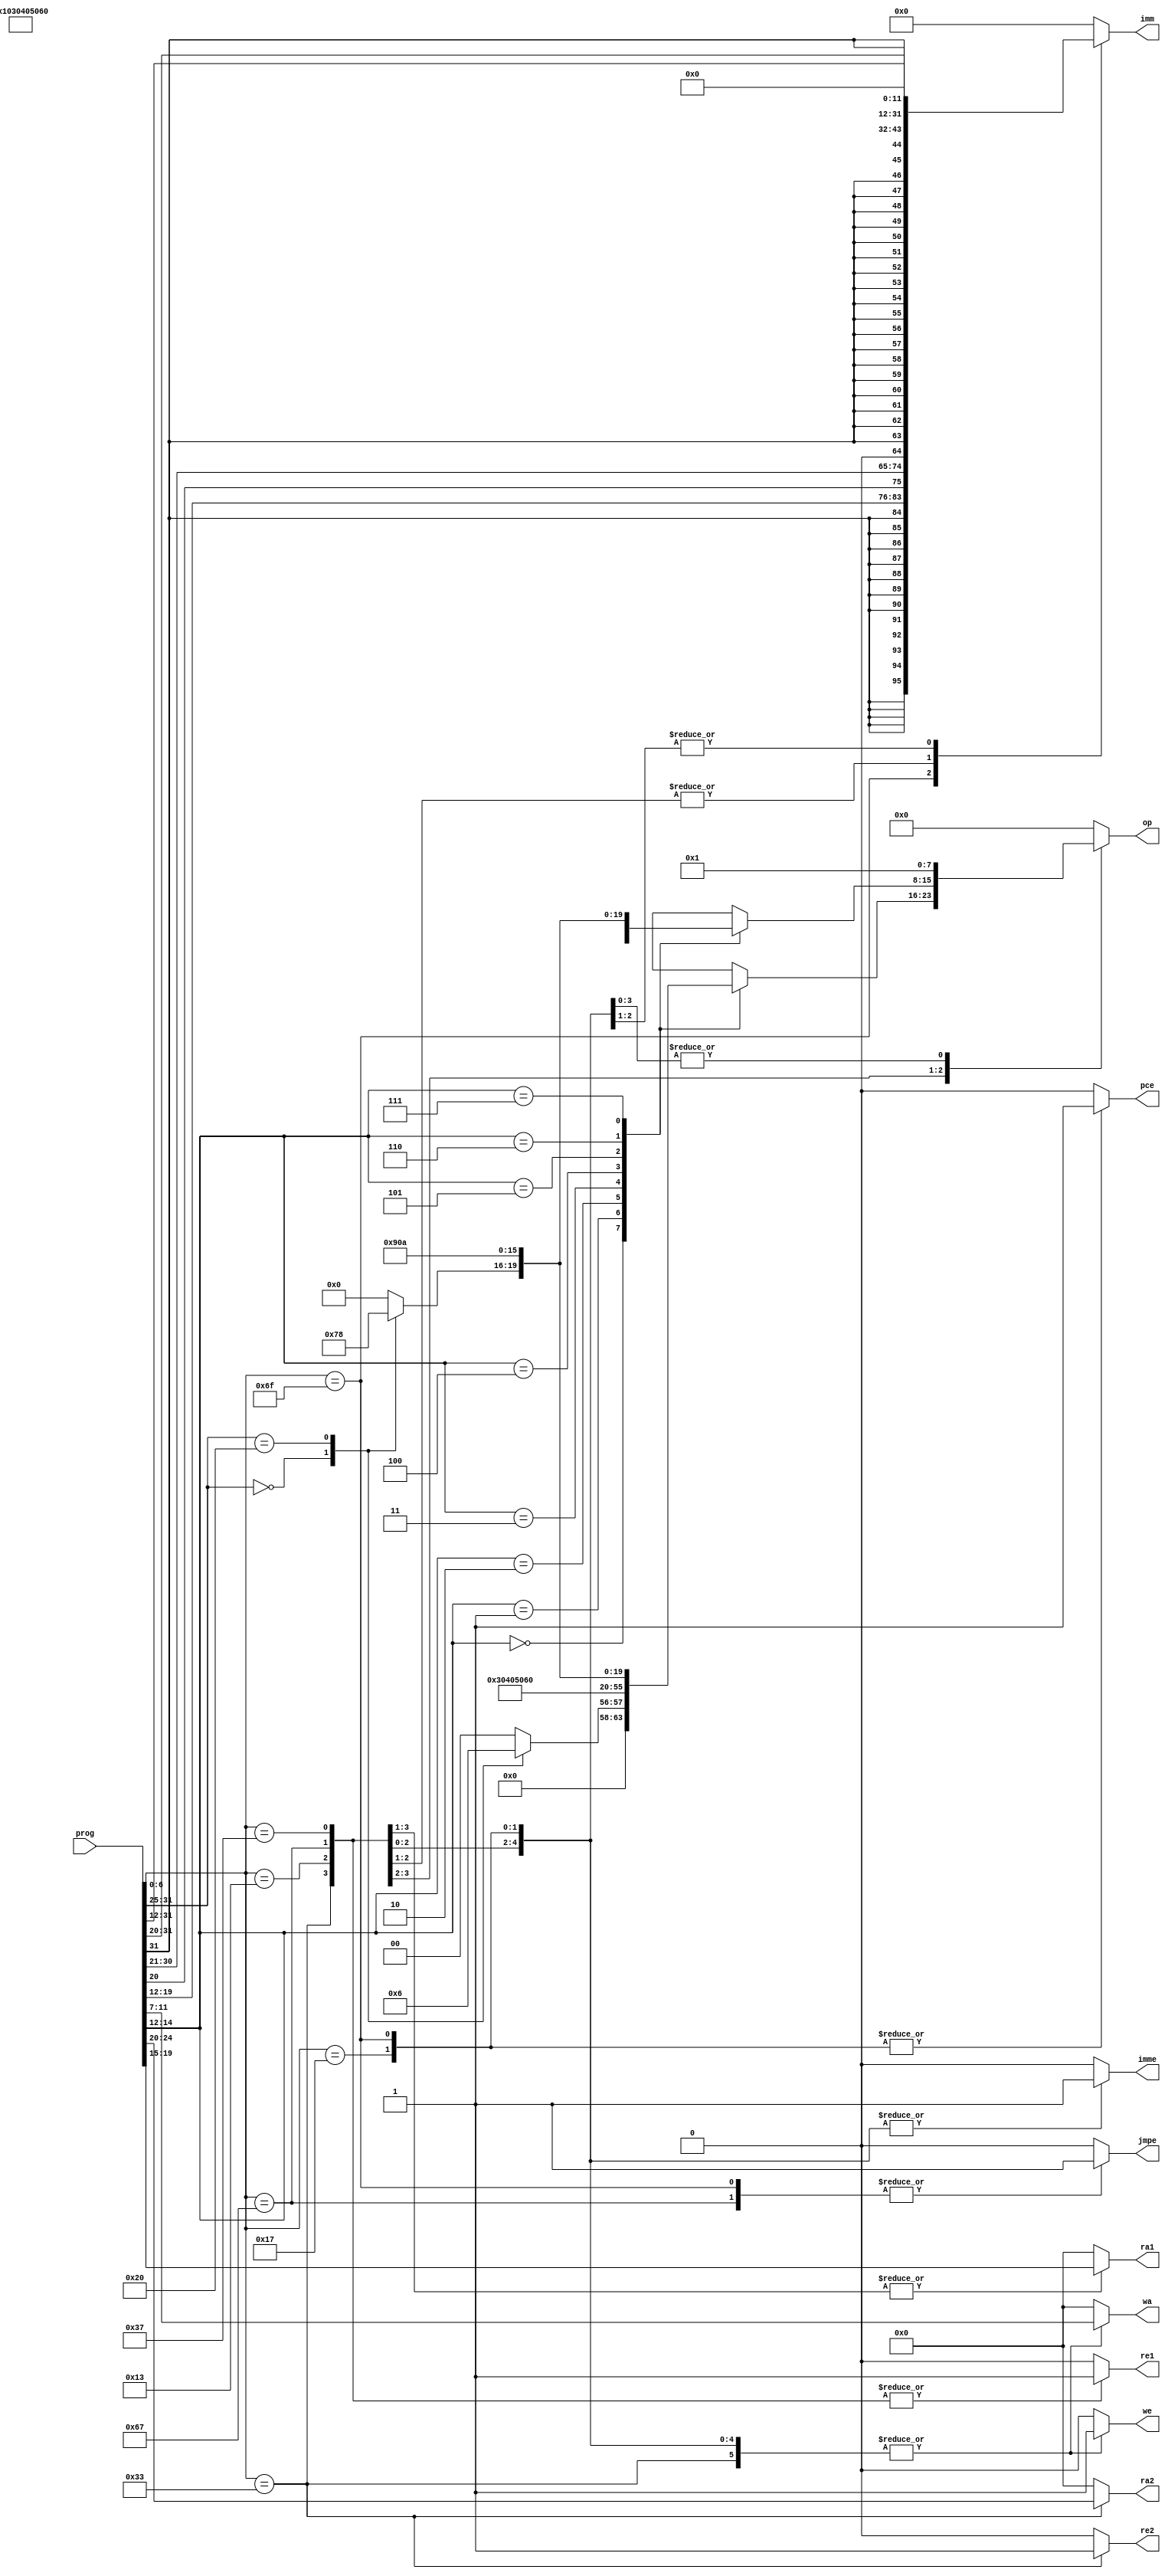
module decoder(
    input       [31:0]      prog,   // risc-v opcode

    output reg  [4:0]       ra1,    // rs1 address
    output reg  [4:0]       ra2,    // rs2 address
    output reg  [31:0]      imm,    // reconstructed imm value
    output reg  [4:0]       wa,     // rd address
    output reg  [7:0]       op,     // alu opcode

    output reg              re1,    // rs1 enable
    output reg              re2,    // rs2 enable
    output reg              we,     // rd enable
    output reg              pce,    // mux_data1
    output reg              imme,   // mux_data2
    output reg              jmpe    // pc jump
);

    // ALU OP
    // ----------------
    // 0x00: nop
    // 0x01: add
    // 0x02: sub
    // 0x03: sll
    // 0x04: slt
    // 0x05: sltu
    // 0x06: xor
    // 0x07: srl
    // 0x08: sra
    // 0x09: or
    // 0x0a: and

    localparam  _enable     = 1'b1;
    localparam  _disable    = 1'b0;
   
    
    always@(*) begin

        case(prog[6:0])                    // Type
            7'b0110011: begin               // R-Type

                ra1         = prog[19:15];  // rs1 implied
                ra2         = prog[24:20];  // rs2 implied
                wa          = prog[11:7];   // rd implied
                imm         = 32'b0;        // imm not implied
                re1         = _enable;      // rs1 required
                re2         = _enable;      // rs2 required
                we          = _enable;      // rd required
                pce         = _disable;     // use rs1 on ALU-data1
                imme        = _disable;     // use rs2 on ALU-data2
                jmpe        = _disable;     // use pc+4 on PC

                case(prog[14:12])           // Func3
                    3'b000:                 // add / sub
                        case(prog[31:25])   // Func7
                            7'b0000000:     // add
                                op = 8'h1;
                            7'b0100000:     // sub
                                op = 8'h2;
                            default: 
                                op = 8'h0;
                        endcase
                    3'b001:                 // sll
                        op = 8'h3;
                    3'b010:                 // slt
                        op = 8'h4;   
                    3'b011:                 // sltu
                        op = 8'h5;
                    3'b100:                 // xor
                        op = 8'h6;
                    3'b101:                 // srl / sra
                        case(prog[31:25])  // Func7
                            7'b0000000:     // srl
                                op = 8'h7;
                            7'b0100000:     // sra
                                op = 8'h8;
                            default: 
                                op = 8'h0;
                        endcase
                    3'b110:                 // or
                        op = 8'h9;
                    3'b111:                 // and
                        op = 8'ha;
                    default:  
                        op = 8'h0;
                endcase
            end
            /*
             * ========================================================
             */
            7'b0010011: begin               // I-Type
                ra1         = prog[19:15];  // rs1 implied
                ra2         = 5'b0;         // rs2 not implied
                wa          = prog[11:7];   // rd implied
                imm         = {{20{prog[31]}}, prog[31:20]};  // imm implied
                re1         = _enable;      // rs1 required
                re2         = _disable;     // rs2 not used
                we          = _enable;      // rd required
                pce         = _disable;     // use rs1 on ALU-data1
                imme        = _enable;      // use imm on ALU-data2
                jmpe        = _disable;     // use pc+4 on PC

                case(prog[14:12])          // Func3
                    3'b000:                 // addi
                        op = 8'h1;
                    3'b001:                 // slli
                        op = 8'h3;
                    3'b010:                 // slti
                        op = 8'h4;   
                    3'b011:                 // sltiu
                        op = 8'h5;
                    3'b100:                 // xori
                        op = 8'h6;
                    3'b101:                 // srli / srai
                        case(prog[31:25])  // Func7
                            7'b0000000:     // srli
                                op = 8'h7;
                            7'b0100000:     // srai
                                op = 8'h8;
                            default: 
                                op = 8'h0;
                        endcase
                    3'b110:                 // ori
                        op = 8'h9;
                    3'b111:                 // andi
                        op = 8'ha;
                    default:  
                        op = 8'h0;
                endcase
            end
            /*
             * ========================================================
             */
            7'b1101111:   begin             // J-Type : JAL
                ra1         = 5'b0;         // rs1 not implied
                ra2         = 5'b0;         // rs2 not implied
                wa          = prog[11:7];   // rd implied
                imm         = { {11{prog[31]}}, prog[31], prog[19:12], prog[20], prog[30:21], 1'b0 };  // imm implied
                re1         = _disable;     // rs1 not used
                re2         = _disable;     // rs2 not used
                we          = _enable;      // rd required
                pce         = _enable;      // use pc on ALU-data1
                imme        = _enable;      // use imm on ALU-data2
                jmpe        = _enable;      // use jmp on PC
                op          = 8'h1;         // data1 + data2
            end

            7'b1100111: begin               // I-Type : JALR
                ra1         = prog[19:15];  // rs1 implied
                ra2         = 5'b0;         // rs2 not implied
                wa          = prog[11:7];   // rd implied
                imm         = { {20{prog[31]}}, prog[31:20] };  // imm implied
                re1         = _enable;      // rs1 used
                re2         = _disable;     // rs2 not used
                we          = _enable;      // rd required
                pce         = _disable;     // use pc on ALU-data1
                imme        = _enable;      // use imm on ALU-data2
                jmpe        = _enable;      // use jmp on PC
                op          = 8'h1;         // data1 + data2
            end

            7'b0110111: begin               // U-Type : LUI
                ra1         = 5'b0;         // rs1 not implied, but forced to use X0
                ra2         = 5'b0;         // rs2 not implied
                wa          = prog[11:7];   // rd implied
                imm         = { prog[31:12], 12'b0 };  // imm implied
                re1         = _enable;      // forced to use X0, expecting 32'b0
                re2         = _disable;     // rs2 not used
                we          = _enable;      // rd required
                pce         = _disable;     // expecting 32'b0 on ALU-data1
                imme        = _enable;      // use imm on ALU-data2
                jmpe        = _disable;      // use pc+4 on PC
                op          = 8'h1;         // data1 + data2
            end

            7'b0010111: begin               // U-Type : AUIPC
                ra1         = 5'b0;         // rs1 not implied
                ra2         = 5'b0;         // rs2 not implied
                wa          = prog[11:7];   // rd implied
                imm         = { prog[31:12], 12'b0 };  // imm implied
                re1         = _disable;     // rs1 not used
                re2         = _disable;     // rs2 not used
                we          = _enable;      // rd required
                pce         = _enable;      // use pc on ALU-data1
                imme        = _enable;      // use imm on ALU-data2
                jmpe        = _disable;     // use pc+4 on PC
                op          = 8'h1;         // data1 + data2
            end

            default: begin
                ra1         = 5'b0;         // rs1 not implied
                ra2         = 5'b0;         // rs2 not implied
                wa          = 5'b0;         // rd not implied
                imm         = 32'b0;        // imm not implied
                re1         = _disable;     // rs1 not used
                re2         = _disable;     // rs2 not used
                we          = _disable;     // rd not used
                pce         = _disable;     // use rs1 on ALU-data1
                imme        = _disable;     // use rs2 on ALU-data2
                jmpe        = _disable;     // use pc+4 on PC
                op          = 8'h0;         // do nothing
            end
        endcase
    end

endmodule